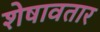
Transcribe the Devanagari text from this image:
शेषावतार